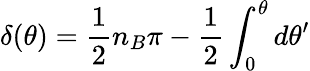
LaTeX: \delta(\theta)=\frac 12n_{B}\pi-\frac 12\int_{0}^{\theta}d\theta^{\prime}